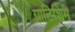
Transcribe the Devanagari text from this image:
ग्राटिशिम